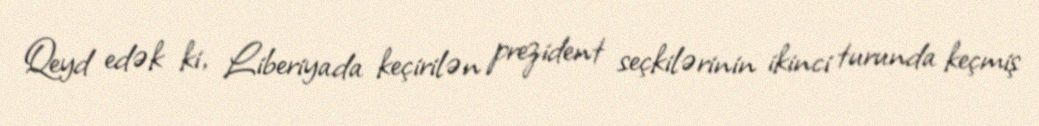
Qeyd edək ki, Liberiyada keçirilən prezident seçkilərinin ikinci turunda keçmiş